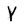
Character: Y